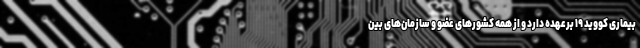
بیماری کووید ۱۹ برعهده دارد و از همه کشورهای عضو و سازمان‌های بین